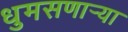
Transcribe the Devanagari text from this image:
धुमसणार्‍या